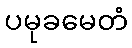
ပမုခမေတံ